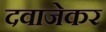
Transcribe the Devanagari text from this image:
दवाजेकर